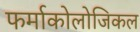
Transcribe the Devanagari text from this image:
फर्माकोलोजिकल